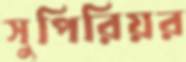
সুপিরিয়র